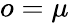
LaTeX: o=\mu